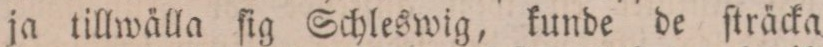
ja tillwälla ſig Schleswig, kunde de ſträcka